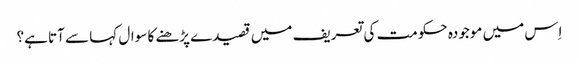
اِس میں موجودہ حکومت کی تعریف میں قصیدے پڑھنے کا سوال کہا سے آتا ہے؟